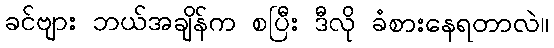
ခင်ဗျား ဘယ်အချိန်က စပြီး ဒီလို ခံစားနေရတာလဲ။